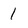
Character: 1